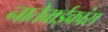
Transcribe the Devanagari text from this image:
नातेवाईकांस